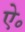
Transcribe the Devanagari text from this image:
ऐ॰